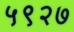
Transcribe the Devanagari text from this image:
५९२७